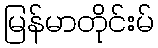
မြန်မာတိုင်းမ်